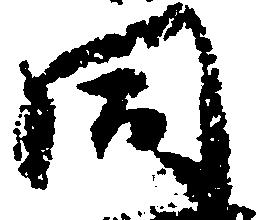
同